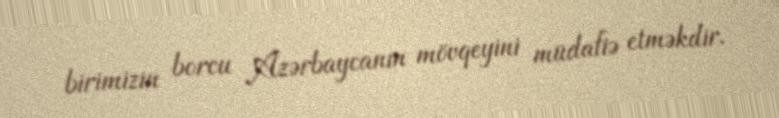
birimizin borcu Azərbaycanın mövqeyini müdafiə etməkdir.